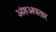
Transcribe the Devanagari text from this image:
अंशअवतार